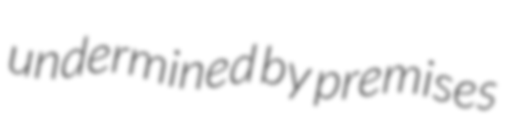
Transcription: undermined by premises